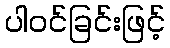
ပါဝင်ခြင်းဖြင့်